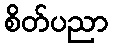
စိတ်ပညာ